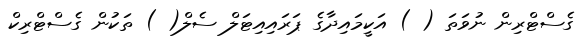
ގެސްޓްރިން ނުވަތަ ( ) އަކީމައިދާގެ ޕަރައިއިޓަލް ސެލް( ) ތަކުން ގެސްޓްރިކް